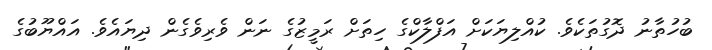
ބުހުތާނު ދޮގުތަކެވެ. ކުއްލިޔަކަށް އަފްލާކްގެ ހިތަށް ރަމީޒުގެ ނަން ވެރިވެގެން ދިޔައެވެ. އައްޔޫބުގެ